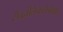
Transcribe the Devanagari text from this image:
सैद्धांतिकतेपेक्षा